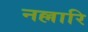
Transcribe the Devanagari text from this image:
नल्लारि